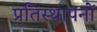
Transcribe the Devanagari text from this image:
प्रतिस्थापनों